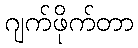
ဂျက်ဖိုက်တာ